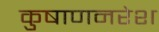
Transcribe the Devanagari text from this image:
कुषाणनरेश